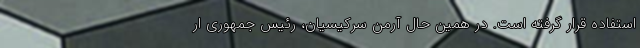
استفاده قرار گرفته است. در همین حال آرمن سرکیسیان، رئیس جمهوری ار